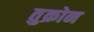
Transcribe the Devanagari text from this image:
तुक्रोन